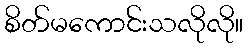
စိတ်မကောင်းသလိုလို။